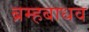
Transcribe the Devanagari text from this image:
ब्रम्हबाधव